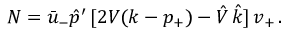
N = \bar { u } _ { - } \hat { p } ^ { \prime } \, [ 2 V ( k - p _ { + } ) - \hat { V } \, \hat { k } ] \, v _ { + } \, .